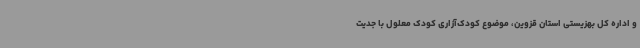
و اداره کل بهزیستی استان قزوین، موضوع کودک‌آزاری کودک معلول با جدیت